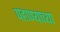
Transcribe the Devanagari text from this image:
पहाण्याच्या